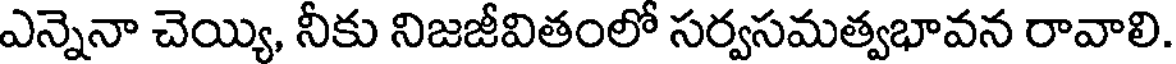
ఎన్నెనా చెయ్యి, నీకు నిజజీవితంలో సర్వసమత్వభావన రావాలి.